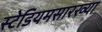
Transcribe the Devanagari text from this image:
स्टेडियमसारख्या